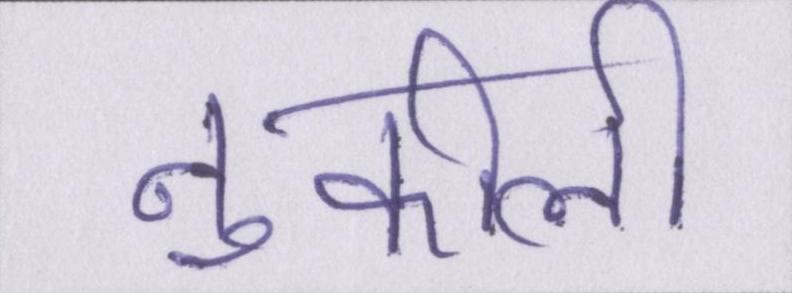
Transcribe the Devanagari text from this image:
नुकीली